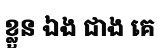
ខ្លួន ឯង ជាង គេ